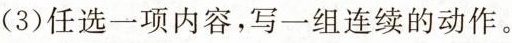
(3)任选一项内容，写一组连续的动作。